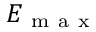
E _ { \mathrm { ~ m ~ a ~ x ~ } }